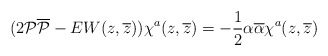
\begin{align*}(2{\cal P}{\overline{\cal P}}-EW(z, \overline{z}))\chi^a(z, \overline{z})=-\frac{1}{2}\alpha\overline{\alpha}\chi^a(z, \overline{z})\end{align*}